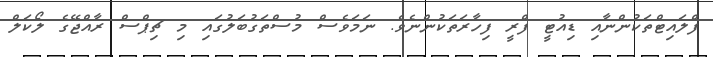
ފްލައިޓްތަކުންނާއި ޑިއުޓީ ފްރީ ފިހާރަތަކުންނެވެ. ނަމަވެސް މުސްތަގުބަލުގައި މި ޗިޕްސް ރާއްޖޭގެ ލޯކަލް